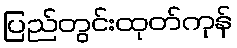
ပြည်တွင်းထုတ်ကုန်